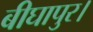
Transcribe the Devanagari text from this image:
बीघापुर।